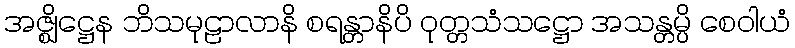
အဇ္ဈိဋ္ဌေန ဘိသမုဠာလာနိ စရန္တာနိပိ ဝုတ္တသံသဋ္ဌော အသန္တမ္ပိ စေဝါယံ